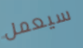
سيعمل